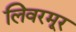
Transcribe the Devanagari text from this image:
लिवरमूर